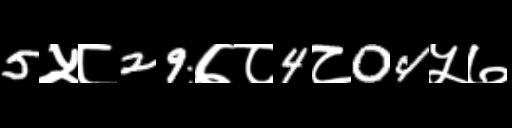
Text: 5५८29७८4८04५७